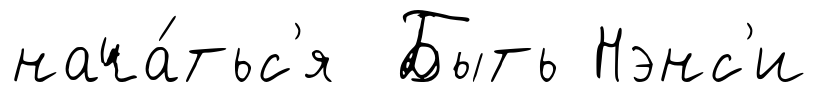
нача́тьс'я Быть Нэнс'и